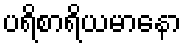
ပရိစာရိယမာနော